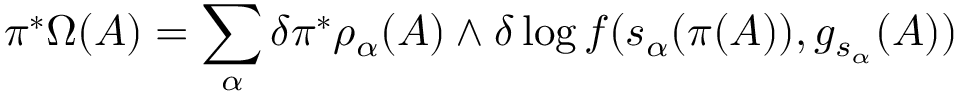
\pi ^ { \ast } \Omega ( A ) = \sum _ { \alpha } \delta \pi ^ { \ast } \rho _ { \alpha } ( A ) \wedge \delta \log f ( s _ { \alpha } ( \pi ( A ) ) , g _ { s _ { \alpha } } ( A ) )